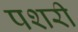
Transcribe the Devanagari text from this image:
पशरी